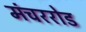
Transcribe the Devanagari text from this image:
मंचररोड